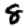
Digit: 8